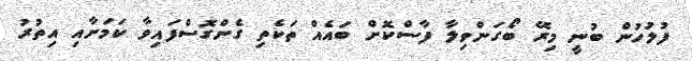
ފުލުހުން ބުނީ މިރޭ ބޯގަންވިލާ ފާސްކޮށް ބައެއް ތަކެތި ގެންގޮސްފައިވާ ކަމަށާއި އިތުރު